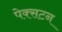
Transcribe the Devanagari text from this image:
पेक्‍सटन